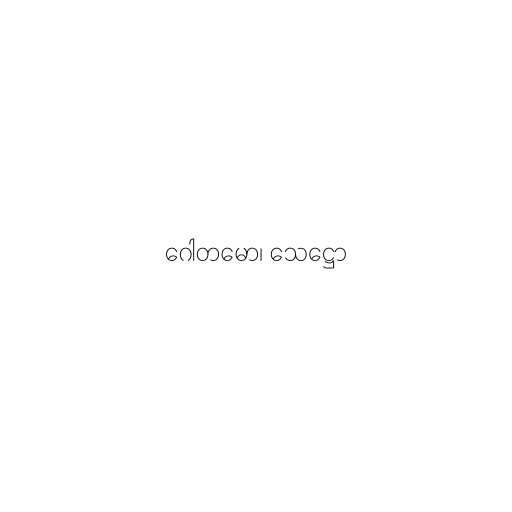
ဂေါတမော၊ သေဋ္ဌော